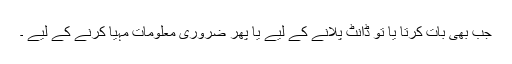
جب بھی بات کرتا یا تو ڈانٹ پلانے کے لیے یا پھر ضروری معلومات مہیا کرنے کے لیے ۔